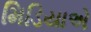
મિડિયાએ